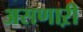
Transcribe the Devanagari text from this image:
असणाऱी